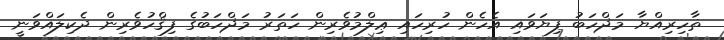
ޡާހިރިއްޔާ މަޛްހަބު ފިޔަވައި އެހެން ހުރިހައި ޢިލްމުވެރިން ހަތަރު މަޛްހަބުގެ ފިޤްހުވެރިން ދެކިލައްވަނީ